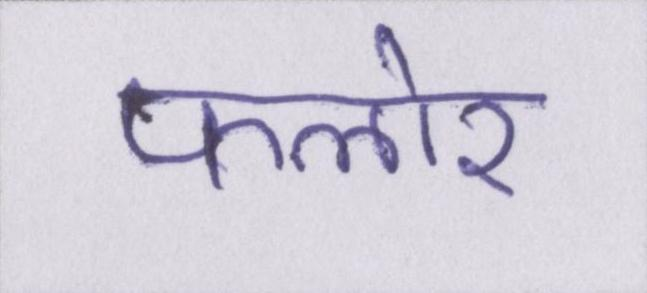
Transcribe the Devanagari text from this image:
फ्लोर